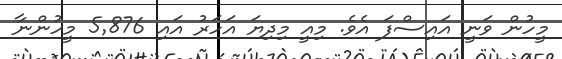
މީހުން ވަނީ އައިސްފަ އެވެ. މިއީ މިދިޔަ އަހަރު އައި 5